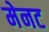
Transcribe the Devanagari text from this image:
मेनट